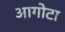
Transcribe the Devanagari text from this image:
आगोटा